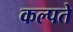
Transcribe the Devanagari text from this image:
कल्पते